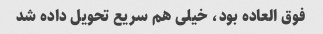
فوق العاده بود، خیلی هم سریع تحویل داده شد